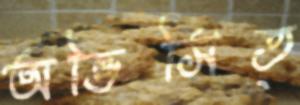
অভিসিত্